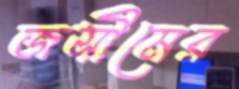
জসীমের